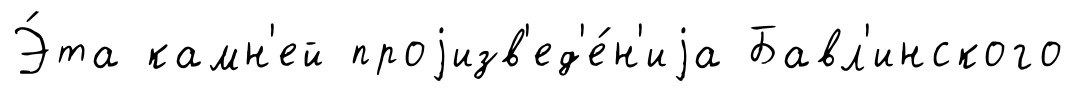
Э́та камн'ей проjизв'ед'е́н'иjа Бавл'инского